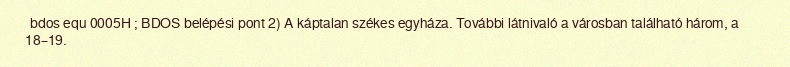
bdos equ 0005H ; BDOS belépési pont 2) A káptalan székes egyháza. További látnivaló a városban található három, a 18–19.